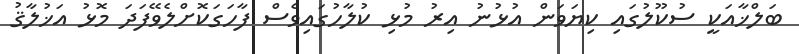
ބަލްޚާއަކީ ސުކޫލުގައި ކިޔަވަން އުޅުނު އިރު މުޅި ކުލާހުގައިވެސް ފާހަގަކޮށްލެވޭފަދަ މޮޅު އަޚުލާޤު